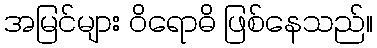
အမြင်များ ဝိရောဓိ ဖြစ်နေသည်။